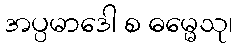
အပ္ပမာဒေါ စ ဓမ္မေသု၊